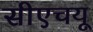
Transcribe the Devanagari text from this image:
सीएचयू